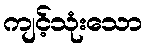
ကျင့်သုံးသော